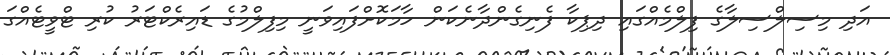
އަދި މިސިލްސިލާގެ ފިލްމެއްގައި ދިޕިކާ ފެނިގެންދާނެކަން ހާމަކޮށްފައިވަނީ މިފިލްމުގެ ޑައިރެކްޓަރު ކުރި ޓްވީޓެއްގަ